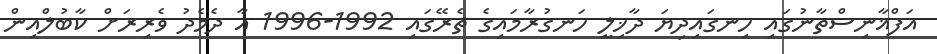
އަފްޣާނިސްތާނުގައި ހިނގައިދިޔަ ދާޚިލީ ހަނގުރާމައިގެ ތެރޭގައި 1992-1996 އާ ދެމެދު ވެރިރަށް ކާބުލްއިން